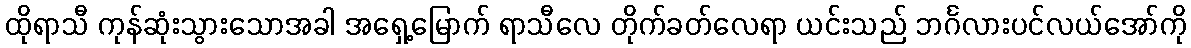
ထိုရာသီ ကုန်ဆုံးသွားသောအခါ အရှေ့မြောက် ရာသီလေ တိုက်ခတ်လေရာ ယင်းသည် ဘင်္ဂလားပင်လယ်အော်ကို